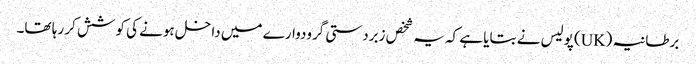
برطانیہ (UK) پولیس نے بتایا ہے کہ یہ شخص زبردستی گرودوارے میں داخل ہونے کی کوشش کر رہا تھا۔